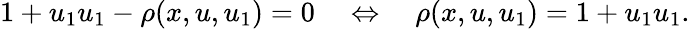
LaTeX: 1+u_{1}u_{1}-\rho(x,u,u_{1})=0\quad\Leftrightarrow\quad\rho(x,u,u_{1})=1+u_{1}u_{1}.